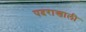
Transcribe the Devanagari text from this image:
पदराखाली